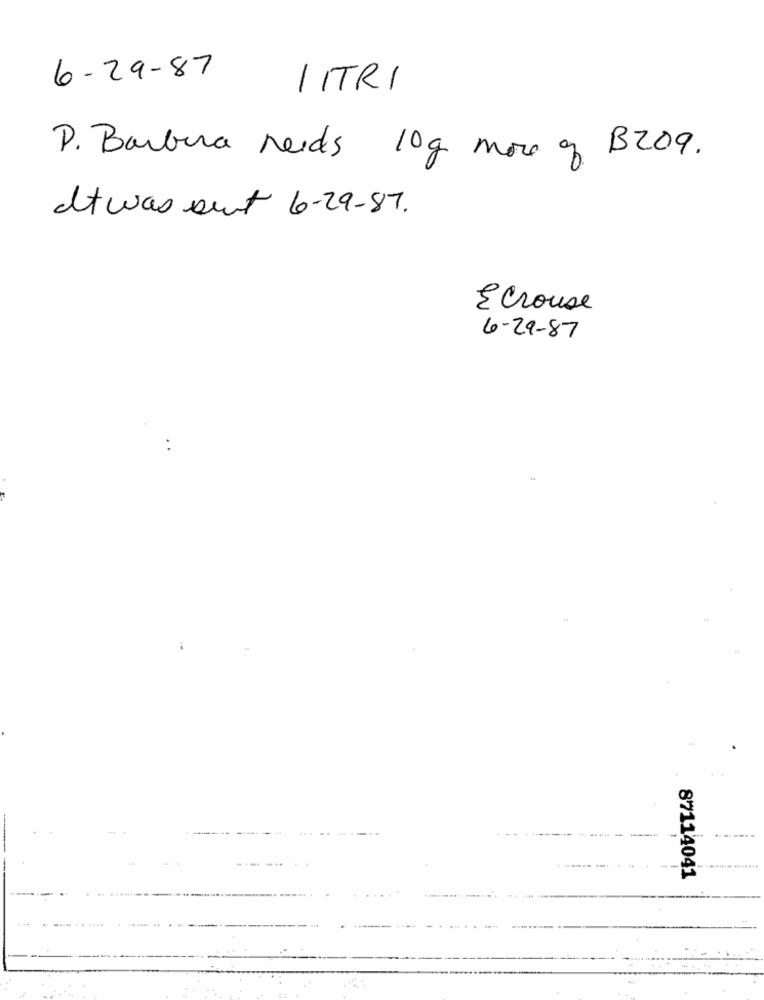
6-29-87
1 ITRI
P. Barbara Needs 10g more of B209.
It was sent 6-29-87.
Écrouse
6-29-87
-....
87114041